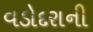
વડોદરાની